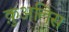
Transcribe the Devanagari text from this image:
क़ुअलिस